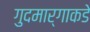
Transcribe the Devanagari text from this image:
गुदमार्गाकडे